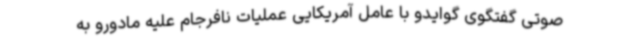
صوتی گفتگوی گوایدو با عامل آمریکایی عملیات نافرجام علیه مادورو به